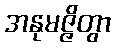
အနုမဇ္ဇိတွာ